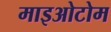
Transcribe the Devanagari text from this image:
माइओटोम